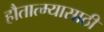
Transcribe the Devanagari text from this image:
हौतात्म्यासाठी